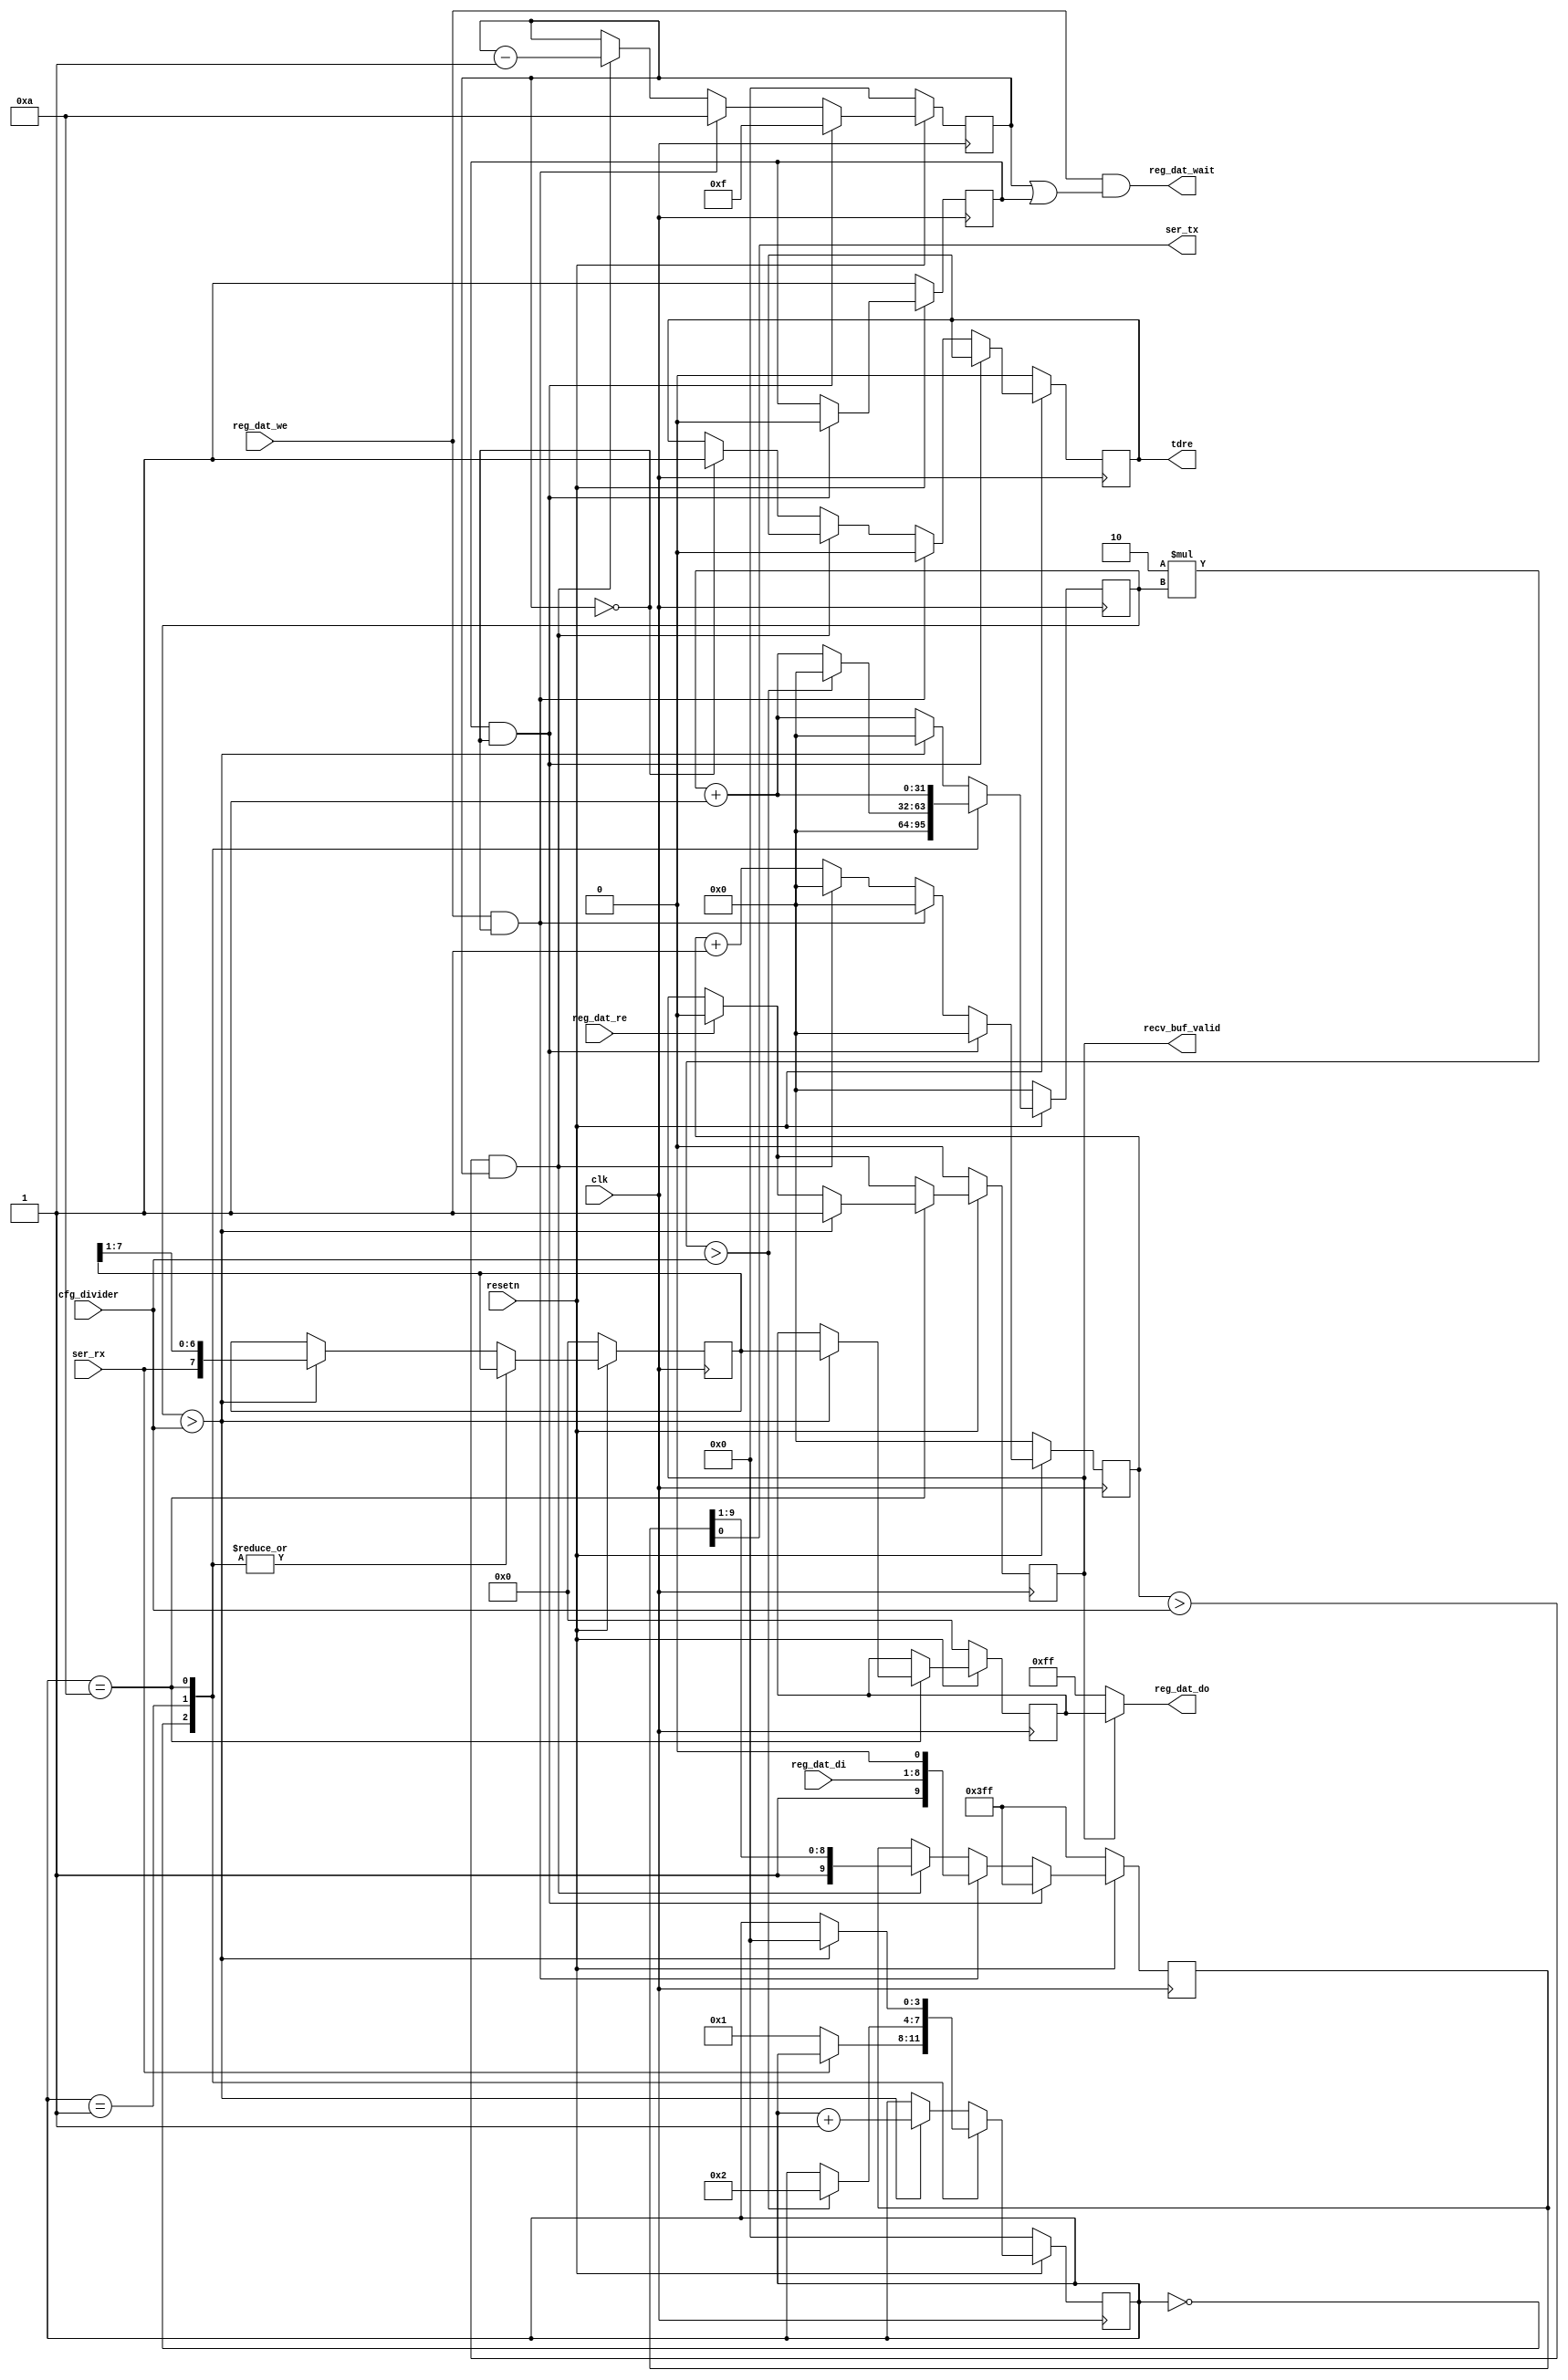
/*
 *  PicoSoC - A simple example SoC using PicoRV32
 *
 *  Copyright (C) 2017  Clifford Wolf <clifford@clifford.at>
 *
 *  Permission to use, copy, modify, and/or distribute this software for any
 *  purpose with or without fee is hereby granted, provided that the above
 *  copyright notice and this permission notice appear in all copies.
 *
 *  THE SOFTWARE IS PROVIDED "AS IS" AND THE AUTHOR DISCLAIMS ALL WARRANTIES
 *  WITH REGARD TO THIS SOFTWARE INCLUDING ALL IMPLIED WARRANTIES OF
 *  MERCHANTABILITY AND FITNESS. IN NO EVENT SHALL THE AUTHOR BE LIABLE FOR
 *  ANY SPECIAL, DIRECT, INDIRECT, OR CONSEQUENTIAL DAMAGES OR ANY DAMAGES
 *  WHATSOEVER RESULTING FROM LOSS OF USE, DATA OR PROFITS, WHETHER IN AN
 *  ACTION OF CONTRACT, NEGLIGENCE OR OTHER TORTIOUS ACTION, ARISING OUT OF
 *  OR IN CONNECTION WITH THE USE OR PERFORMANCE OF THIS SOFTWARE.
 *
 */

module simpleuart (
	input clk,
	input resetn,

	output ser_tx,
	input  ser_rx,

	input  [31:0] cfg_divider,

	input         reg_dat_we,
	input         reg_dat_re,
	input  [7:0]  reg_dat_di,
	output [7:0]  reg_dat_do,
	output        reg_dat_wait,
	output 	reg   recv_buf_valid,
	output  reg   tdre
);

	reg [3:0] recv_state;
	reg [31:0] recv_divcnt;
	reg [7:0] recv_pattern;
	reg [7:0] recv_buf_data;

	reg [9:0] send_pattern;
	reg [3:0] send_bitcnt;
	reg [31:0] send_divcnt;
	reg send_dummy;

	assign reg_dat_wait = reg_dat_we && (send_bitcnt || send_dummy);
	assign reg_dat_do = recv_buf_valid ? recv_buf_data : ~8'd0;

	always @(posedge clk) begin
		if (!resetn) begin
			recv_state <= 0;
			recv_divcnt <= 0;
			recv_pattern <= 0;
			recv_buf_data <= 0;
			recv_buf_valid <= 0;			
		end else begin
			recv_divcnt <= recv_divcnt + 1;
			if (reg_dat_re)
				recv_buf_valid <= 0;
			case (recv_state)
				0: begin
					if (!ser_rx)
						recv_state <= 1;
					recv_divcnt <= 0;
				end
				1: begin
					if (2*recv_divcnt > cfg_divider) begin
						recv_state <= 2;
						recv_divcnt <= 0;
					end
				end
				10: begin
					if (recv_divcnt > cfg_divider) begin
						recv_buf_data <= recv_pattern;
						recv_buf_valid <= 1;
						recv_state <= 0;
					end
				end
				default: begin
					if (recv_divcnt > cfg_divider) begin
						recv_pattern <= {ser_rx, recv_pattern[7:1]};
						recv_state <= recv_state + 4'd1;
						recv_divcnt <= 0;
					end
				end
			endcase
		end
	end

	assign ser_tx = send_pattern[0];

	always @(posedge clk) begin
		send_divcnt <= send_divcnt + 1;
		if (!resetn) begin
			send_pattern <= ~10'd0;
			send_bitcnt <= 0;
			send_divcnt <= 0;
			send_dummy <= 1;
			tdre <=0;
		end else begin
			if (send_dummy && !send_bitcnt) begin
				send_pattern <= ~10'd0;
				send_bitcnt <= 15;
				send_divcnt <= 0;
				send_dummy <= 0;				
			end else
			if (reg_dat_we && !send_bitcnt) begin
				send_pattern <= {1'b1, reg_dat_di, 1'b0};
				send_bitcnt <= 10;
				send_divcnt <= 0;
				tdre <=0;
			end else
			if (send_divcnt > cfg_divider && send_bitcnt) begin
				send_pattern <= {1'b1, send_pattern[9:1]};
				send_bitcnt <= send_bitcnt - 4'd1;
				send_divcnt <= 0;
			end else if (send_bitcnt==0)
			begin
				tdre <=1;
			end
		end
	end
endmodule